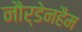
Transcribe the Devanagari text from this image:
नौर्डेनहैम